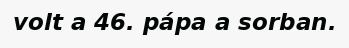
volt a 46. pápa a sorban.